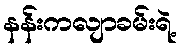
နန်းကလျာခမ်းရဲ့